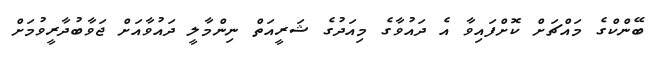
ބޭންކްގެ މައްޗަށް ކޮށްފައިވާ އެ ދައުވާގެ މިއަދުގެ ޝަރީއަތް ނިންމާލީ ދައުވާއަށް ޖަވާބުދާރީވުމަށް